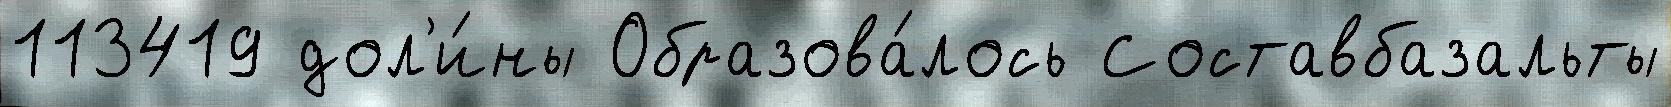
113419 дол'и́ны Образова́лось Составбазальты